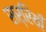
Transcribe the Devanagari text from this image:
सर्रियाँ